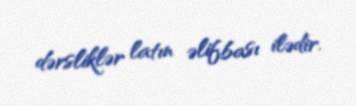
dərsliklər latın əlifbası ilədir.